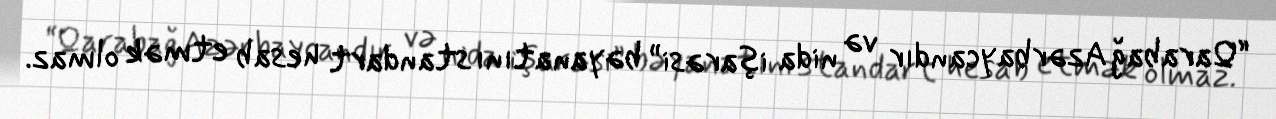
“Qarabağ Azərbaycandır və nida işarəsi” bəyanatını standart hesab etmək olmaz.